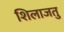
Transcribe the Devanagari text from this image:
शिलाजतु